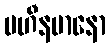
ပဟီနမာနော